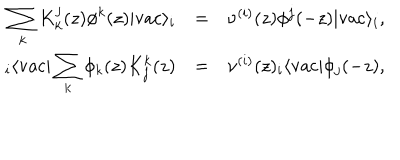
\begin{array} { r c l } { { \displaystyle \sum _ { k } K _ { k } ^ { j } ( z ) \phi ^ { k } ( z ) | \mathrm { v a c } \rangle _ { i } } } & { { = } } & { { \nu ^ { ( i ) } ( z ) \phi ^ { j } ( - z ) | \mathrm { v a c } \rangle _ { i } , } } \\ { { { } _ { i } \langle \mathrm { v a c } | \displaystyle \sum _ { k } \phi _ { k } ( z ) K _ { j } ^ { k } ( z ) } } & { { = } } & { { \nu ^ { ( i ) } ( z ) { } _ { i } \langle \mathrm { v a c } | \phi _ { j } ( - z ) , } } \\ \end{array}